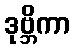
ဒုဗ္ဘိကာ